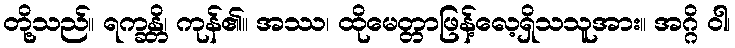
တို့သည်။ ရက္ခန္တိ၊ ကုန်၏။ အဿ၊ ထိုမေတ္တာဖြန့်လေ့ရှိသသူအား။ အဂ္ဂိ ဝါ၊